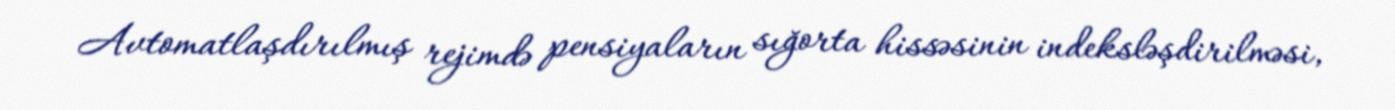
Avtomatlaşdırılmış rejimdə pensiyaların sığorta hissəsinin indeksləşdirilməsi,